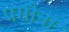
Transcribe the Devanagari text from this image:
पगौना